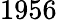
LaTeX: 1956